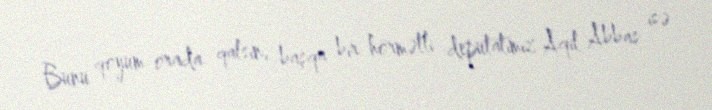
Bunu qoyum orada qalsın, başqa bir hörmətli deputatımız Aqil Abbas isə